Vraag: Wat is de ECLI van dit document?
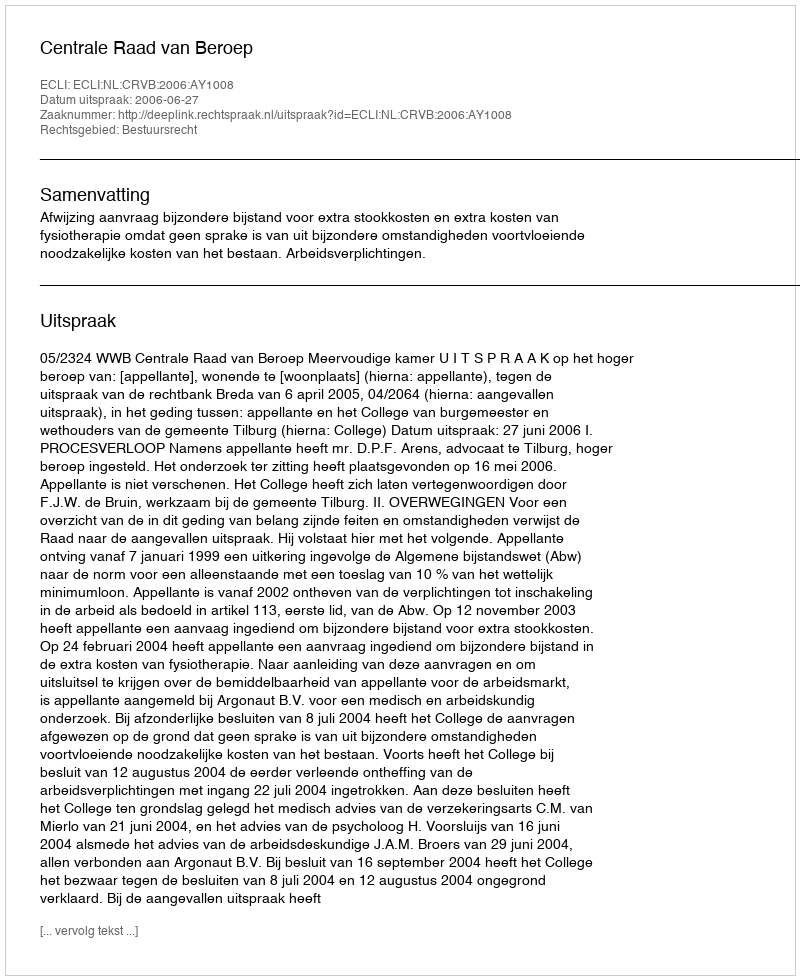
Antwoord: ECLI:NL:CRVB:2006:AY1008